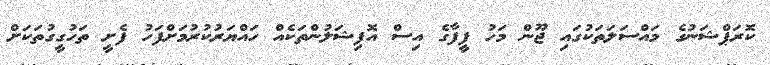
ކޮރަޕްޝަނުގެ މައްސަލަތަކުގައި ޖޫން މަހު ފީފާގެ އިސް އޮފިޝަލުންތަކެއް ހައްޔަރުކުރުމަށްފަހު ފެށީ ތަހުގީގުތަކަށް